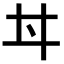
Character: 𠂀